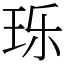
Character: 𬍛